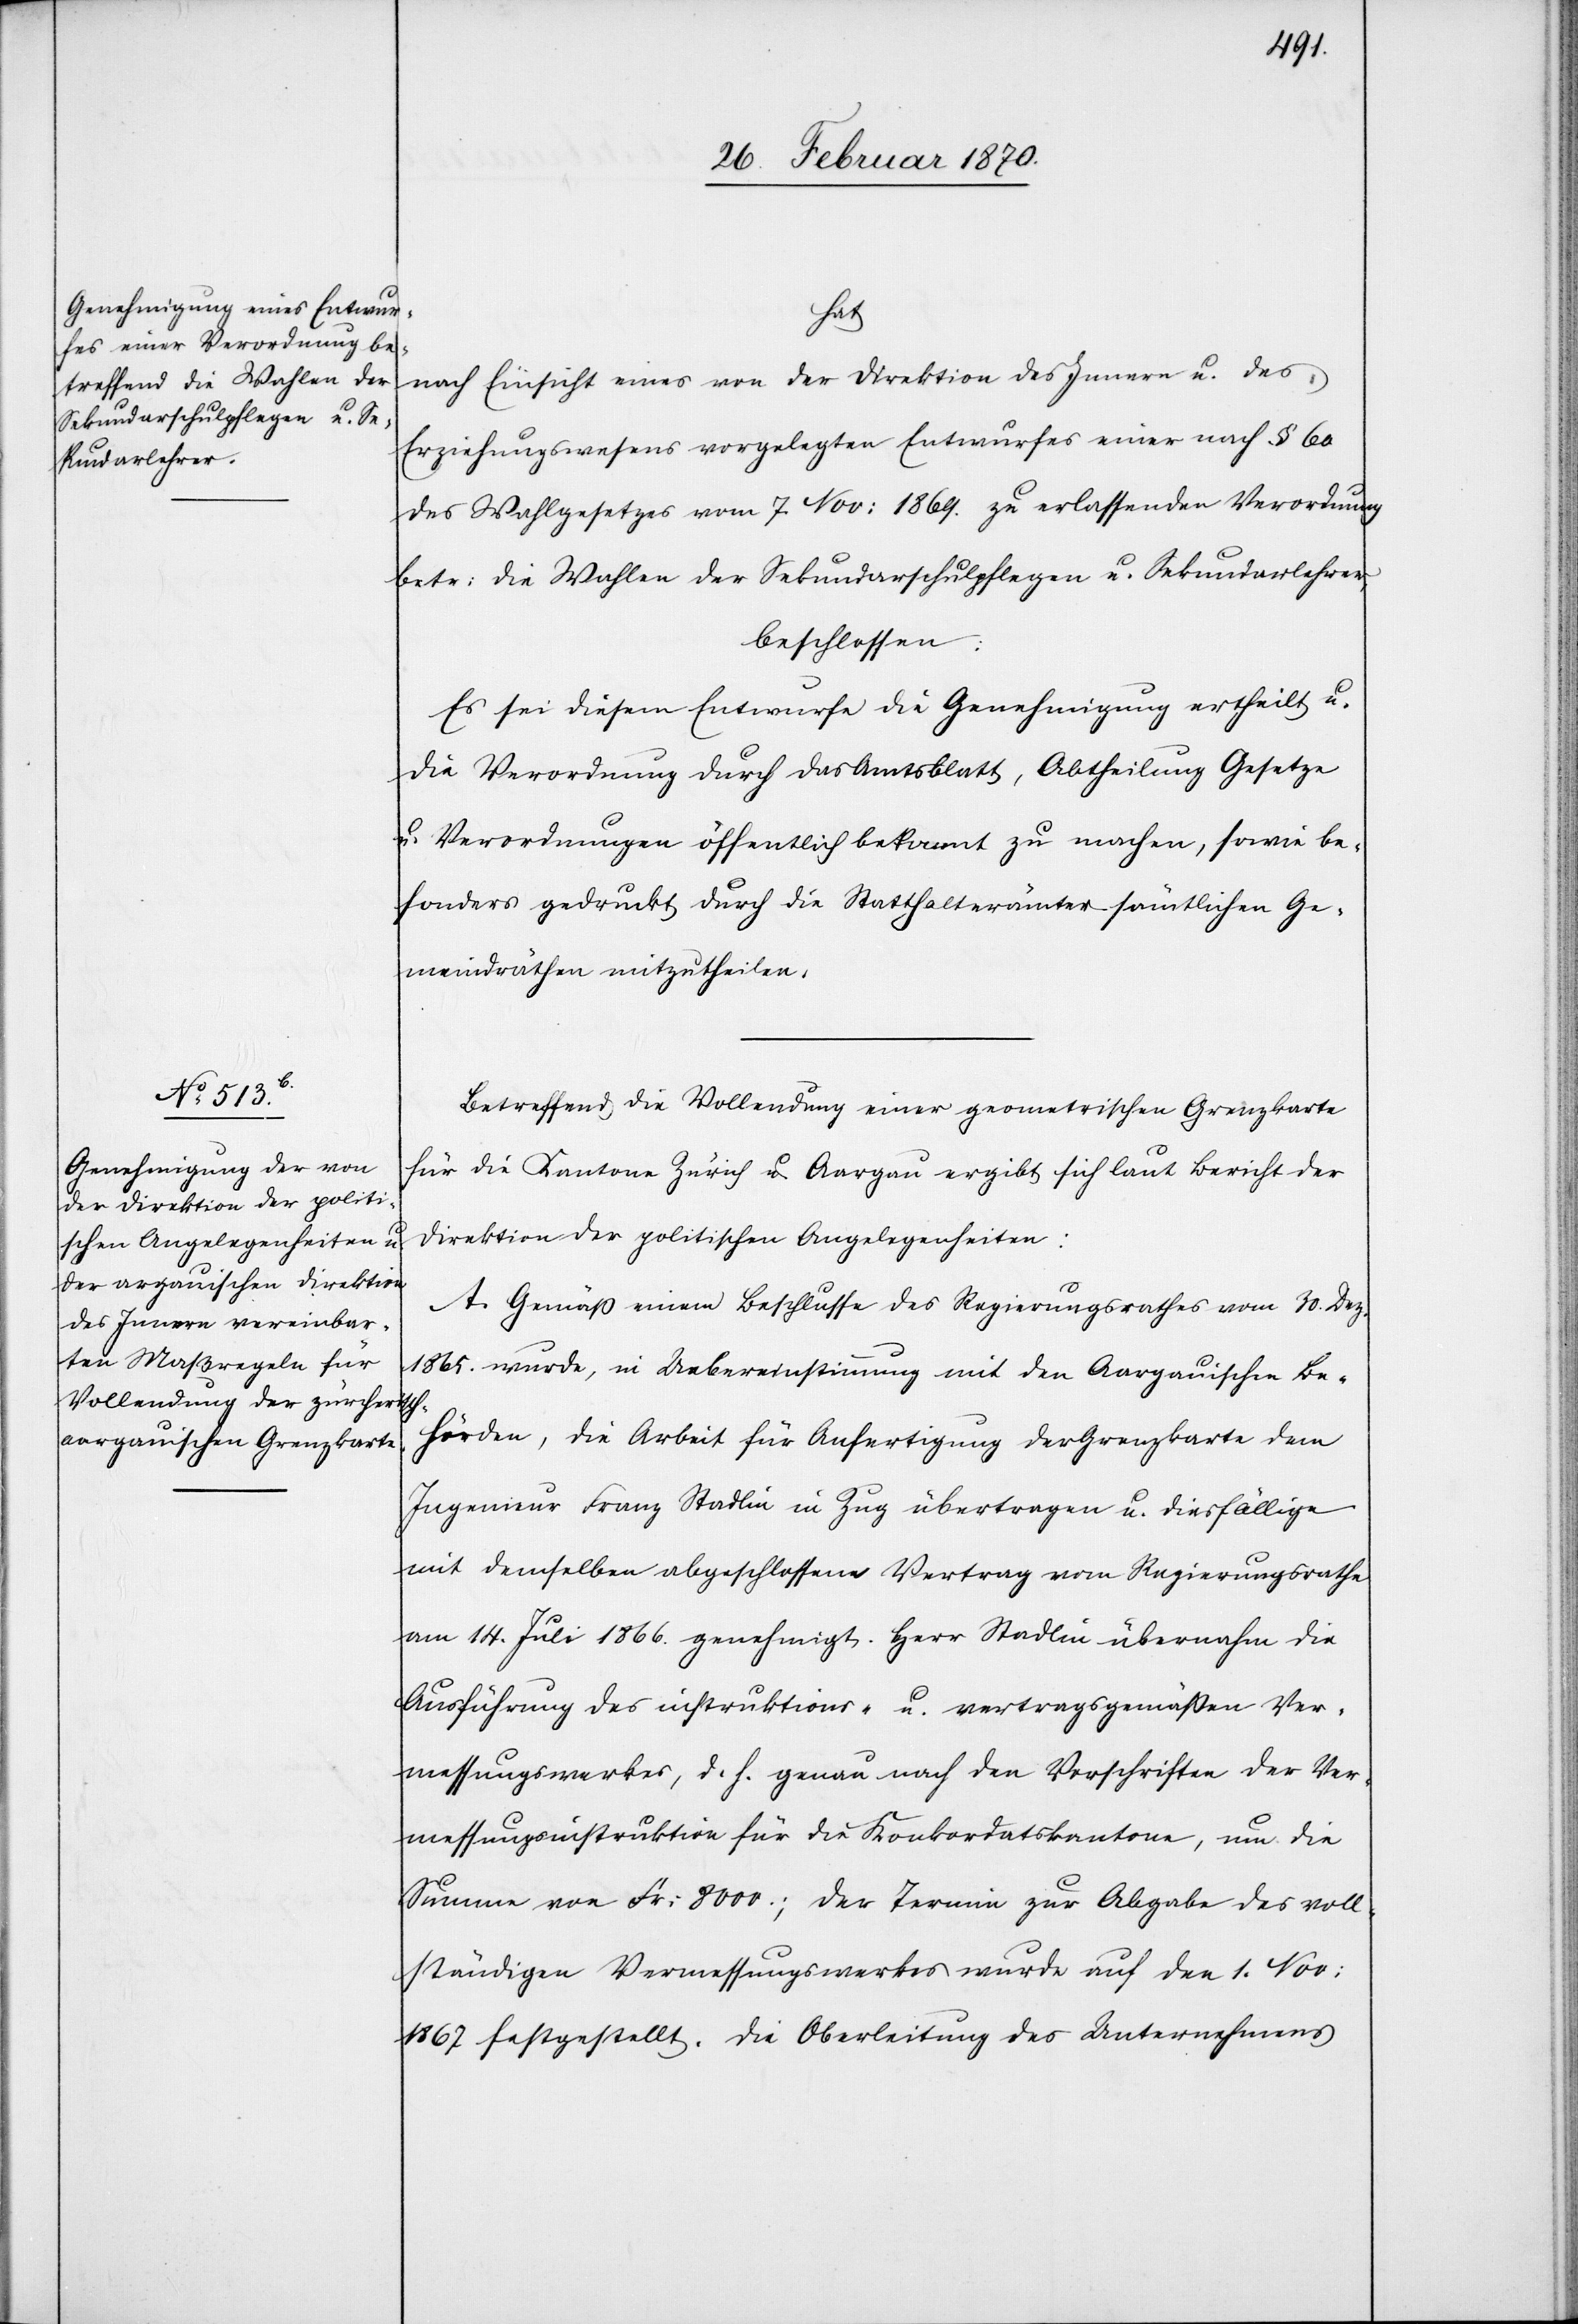
hat
nach Einsicht eines von der Direktion des Innern u. des
Erziehungswesens vorgelegten Entwurfes einer nach § 60
des Wahlgesetzes vom 7 Nov: 1869. zu erlassenden Verordnung
betr: die Wahlen der Sekundarschulpfleger u. Sekundarlehrer,
beschlossen:
Es sei diesem Entwurfe die Genehmigung ertheilt u.
die Verordnung durch das Amtsblatt, Abtheilung Gesetze
u. Verordnungen öffentlich bekannt zu machen, sowie be¬
sonders gedruckt durch die Statthalterämter sämtlichen Ge¬
meindräthen mitzutheilen.
Betreffend die Vollendung einer geometrischen Grenzkarte
für die Kantone Zürich u. Aargau ergibt sich laut Bericht der
Direktion der politischen Angelegenheiten:
A. Gemäß einem Beschlusse des Regierungsrathes vom 30. Dez.
1865. wurde, in Uebereinstimmung mit den Aargauischen Be¬
hörden, die Arbeit für Anfertigung der Grenzkarte dem
Ingenieur Franz Stadlin in Zug übertragen u. diesfällige
mit demselben abgeschlossene Vertrag vom Regierungsrathe
am 14. Juli 1866. genehmigt. Herr Stadlin übernahm die
Ausführung des instruktions- u. vertragsgemäßen Ver¬
messungswerkes, d. h. genau nach den Vorschriften der Ver¬
messungsinstruktion für die Konkordatskantone, um die
Summe von Fr: 8000.; der Termin zur Abgabe des voll¬
ständigen Vermessungswerkes wurde auf den 1. Nov:
1867 festgestellt. Die Oberleitung des Unternehmens